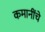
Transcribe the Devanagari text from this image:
कमानींचे